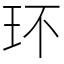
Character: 环